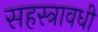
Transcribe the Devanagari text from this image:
सहस्त्रावधी